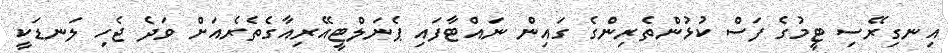
އިނގިރޭސި ޓީމުގެ ފަސް ކުޅުންތެރިންގެ ގައިން ނައްޓާފައި ޕެނަލްޓީއޭރިއާގެތެރެއަށް ވަދެ ޖެހި ލަނޑަކީ